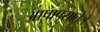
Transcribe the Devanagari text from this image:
आपापसातेले